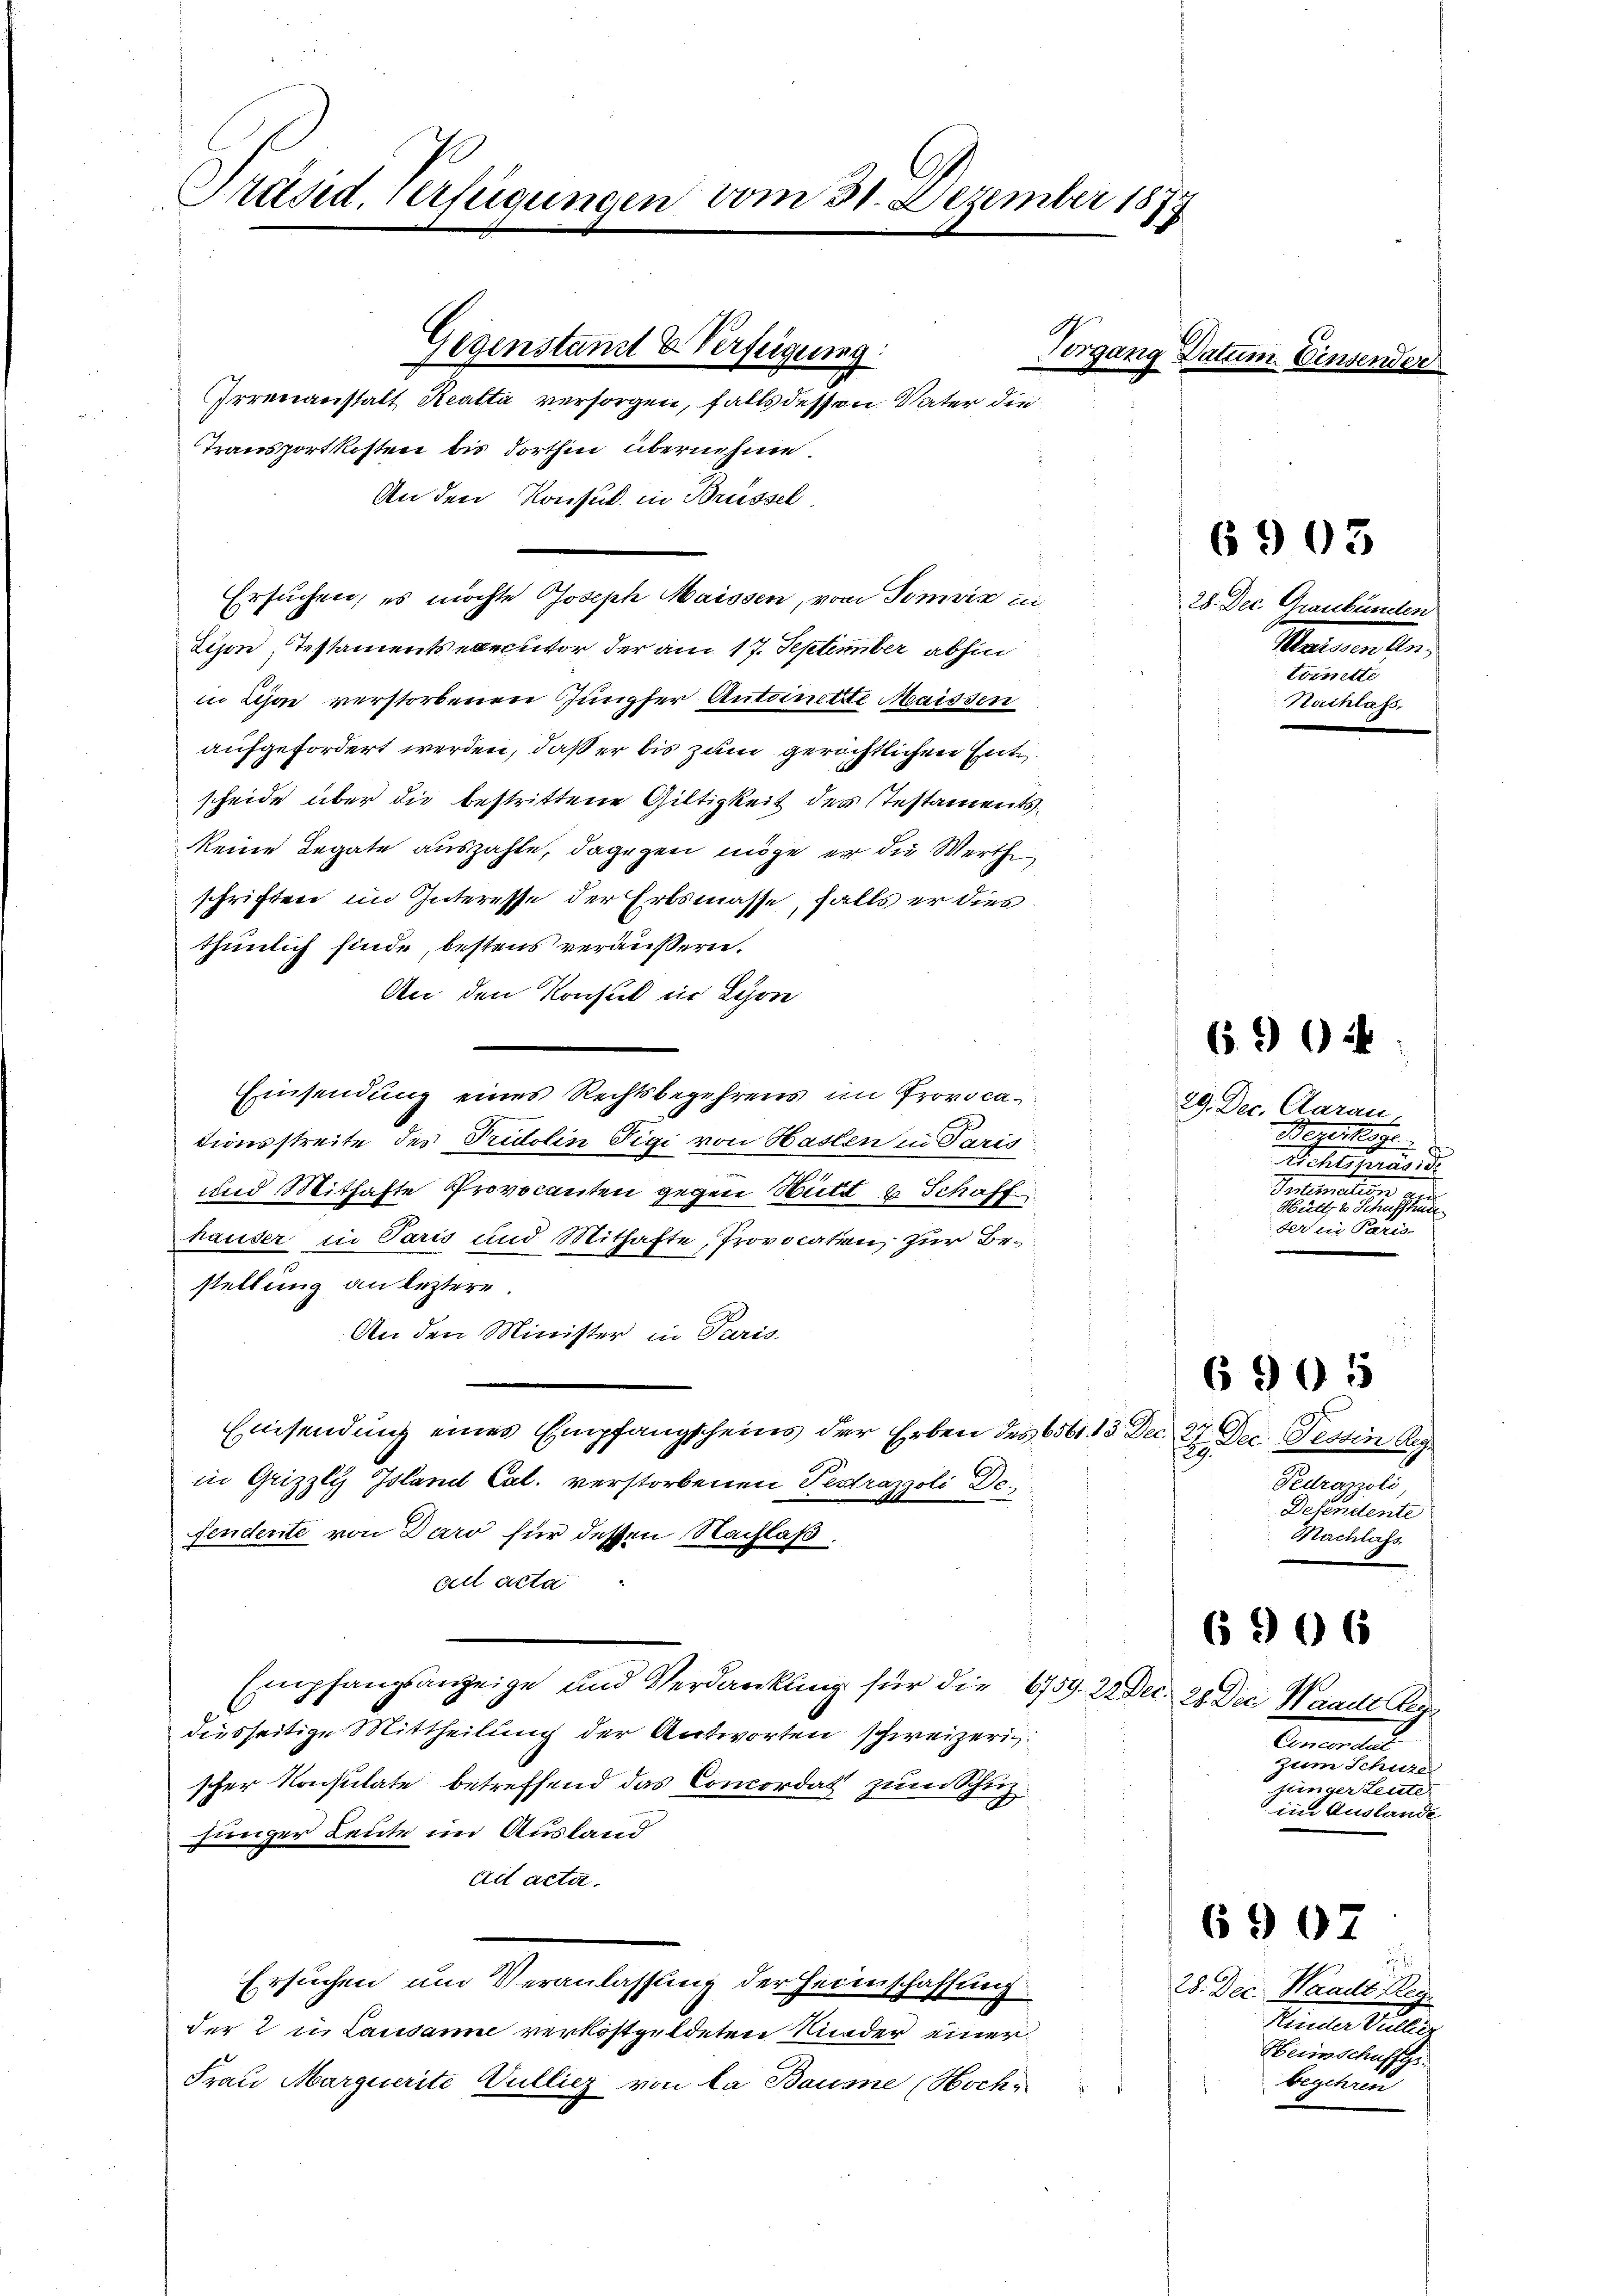
Präsid. Verfügungen vom 31. Dezember 18
2
17

rrenanstalt Ratta versorgen, falls dessen Vater die
Transportkosten bis dorthin übernehme.
Zison, Testamentsexecutor, der am 17. September abhin
in Lisae verstorbenen Jungfer Antoinette Maissen
aufgefordert werden, daß er bis zum gerichtlichen Entscheide über die bestrittene Gültigkeit des Testamentskeine Legate auszahle, dagegen möge er die Werthe
schriften im Interesse der Erbsmasse, falls er dies
thunlich finde, bestens veräußern.
An den Konsul in Schon
Einsendung eines Rechtsbegehrens im Provocationsstreite des Tridolin Tigi von Haslen in Paris
und Mithafte Provocanten gegen Witt & Schaff
hauser in Paris und Mithafte, Provocaten zur Bestellung an leztere.
An den Minister in Paris.
Einsendung eines Empfangscheins der Erben des 656. 13 Dec. 27 Dec. Tessin Reg
in Grizzly Island Cal. verstorbenen Festrazzoli Defendente von Daro für dessen Nachlaß.
cet acta
Empfangsanzeige und Verdankung für die 6759. 22. Dec. 28. Der Waadt Reg
diesseitige Mittheilung der Antworten schweizerig
scher Konsulate betreffend das Concordat zum Schuzjünger Leute im Ausland
ad acta.
Ersuchen um Veranlassung der Heimschaffung
der 2 u. Lausanne verköstgeldeten Kinder einer
Frau Marquerite Vulliez von la Baume (Hoch¬

An den Konsul in Brüssel

Gegenstand & Verfügung:

Ersuchen, es möchte Joseph Maissen, vom Somvis in

Vorgang Datum

6903

28. Dec. Graubünden
Maissen An¬
Evinette
Teuchlafs.

6904

29. Dec. Aarau,
Beeske
Schspräsid
Pentematis

der in Paris

.
Pedrazzoli
Desendente
Nachlafs

6905

Concordat
zum Schuze
jünger Leute.
 im Auslande

6 906

6907

28. Dec. Waadt Reg
Fenner Steller
Heimschuffge
begehren